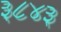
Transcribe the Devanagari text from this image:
३८४३